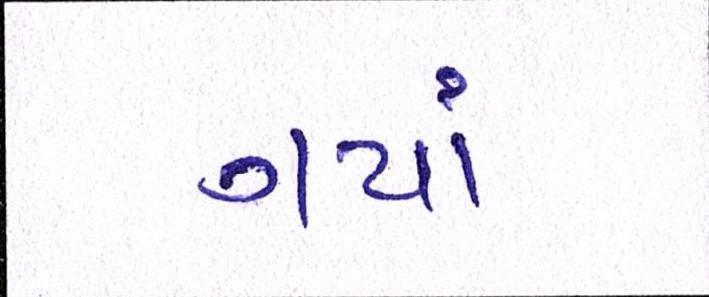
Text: ગયાં